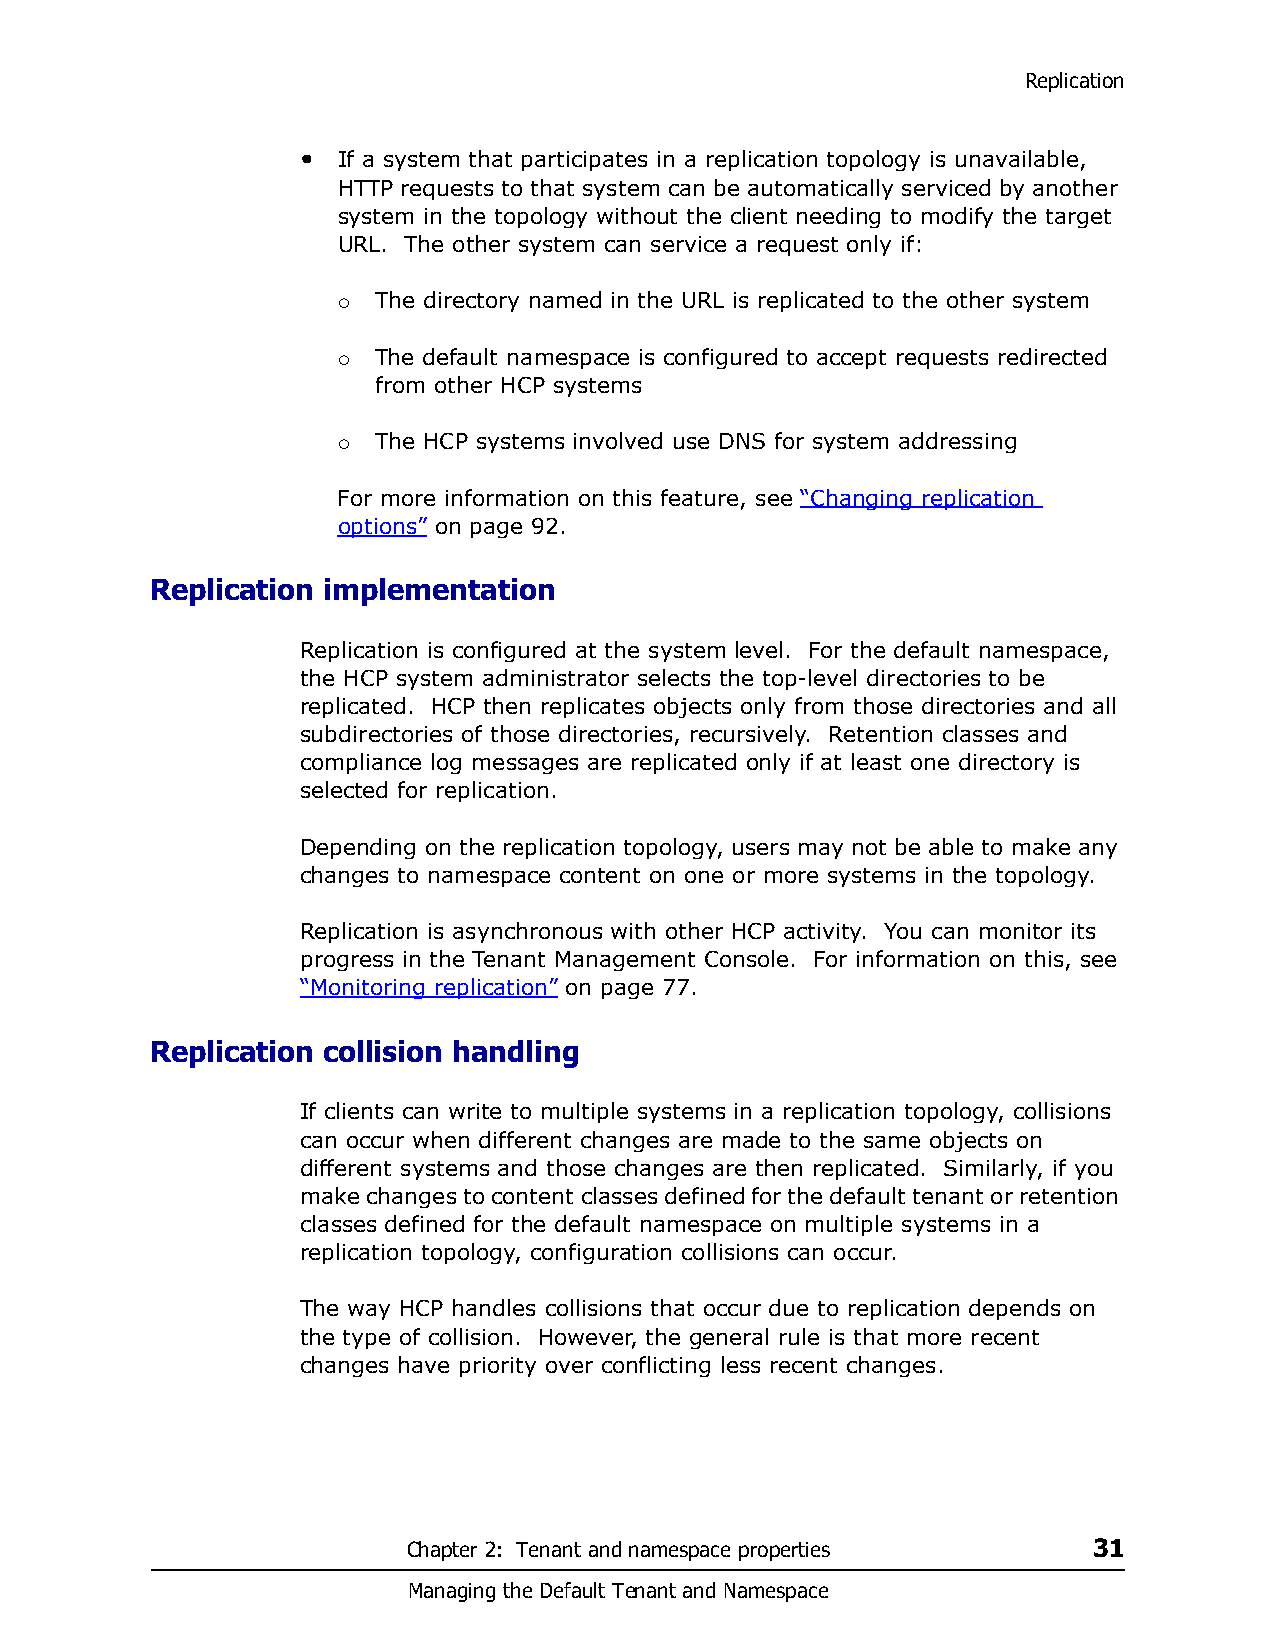
Replication
 • If a system that participates in a replication topology is unavailable,
 HTTP requests to that system can be automatically serviced by another
 system in the topology without the client needing to modify the target
 URL. The other system can service a request only if:
 The directory named in the URL is replicated to the other system
 
 The default namespace is configured to accept requests redirected
 
 from other HCP systems
 The HCP systems involved use DNS for system addressing
 
 For more information on this feature, see “Changing replication
 options” on page 92.
 Replication implementation
 Replication is configured at the system level. For the default namespace,
 the HCP system administrator selects the top-level directories to be
 replicated. HCP then replicates objects only from those directories and all
 subdirectories of those directories, recursively. Retention classes and
 compliance log messages are replicated only if at least one directory is
 selected for replication.
 Depending on the replication topology, users may not be able to make any
 changes to namespace content on one or more systems in the topology.
 Replication is asynchronous with other HCP activity. You can monitor its
 progress in the Tenant Management Console. For information on this, see
 “Monitoring replication” on page 77.
 Replication collision handling
 If clients can write to multiple systems in a replication topology, collisions
 can occur when different changes are made to the same objects on
 different systems and those changes are then replicated. Similarly, if you
 make changes to content classes defined for the default tenant or retention
 classes defined for the default namespace on multiple systems in a
 replication topology, configuration collisions can occur.
 The way HCP handles collisions that occur due to replication depends on
 the type of collision. However, the general rule is that more recent
 changes have priority over conflicting less recent changes.
 Chapter 2: Tenant and namespace properties   31
 Managing the Default Tenant and Namespace